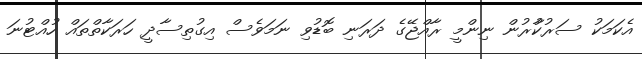
އެކަމަކު ސަރުކާުރުން ނިންމީ ރާއްޖޭގެ ދަރަނި ބޮޑުވި ނަމަވެސް އިގުތިސާދީ ހަރަކާތްތައް ހުއްޓުނަ